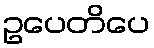
ဥပေတိပေ